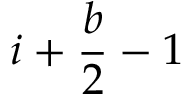
i + { \frac { b } { 2 } } - 1